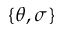
\lbrace \theta , \sigma \rbrace